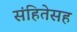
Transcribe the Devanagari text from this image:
संहितेसह